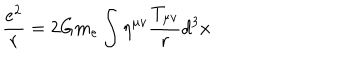
\frac { e ^ { 2 } } { r } = 2 G m _ { e } \int \eta ^ { \mu v } \frac { T _ { \mu v } } { r } d ^ { 3 } x